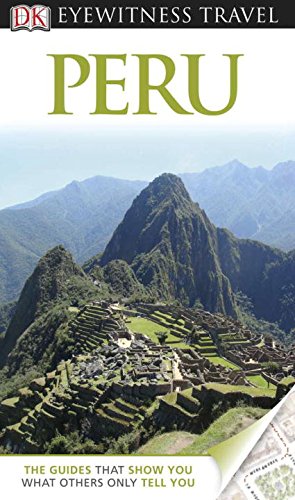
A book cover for DK Eyewitness Travel Guide: Peru; Maryanne Blacker; Travel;